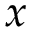
x